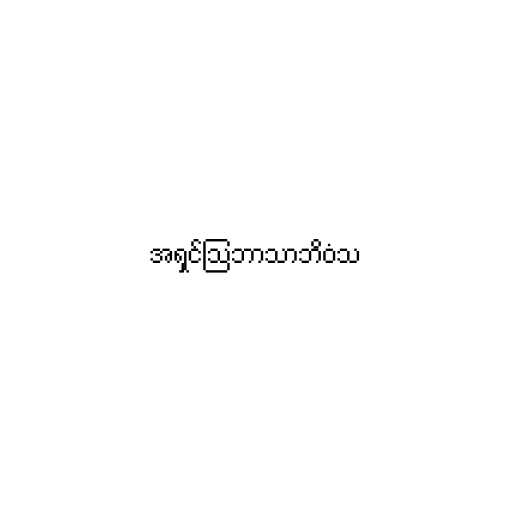
အရှင်သြဘာသာဘိဝံသ